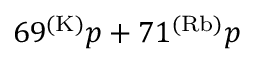
6 9 ^ { ( \mathrm { K ) } } p + 7 1 ^ { ( \mathrm { R b ) } } p